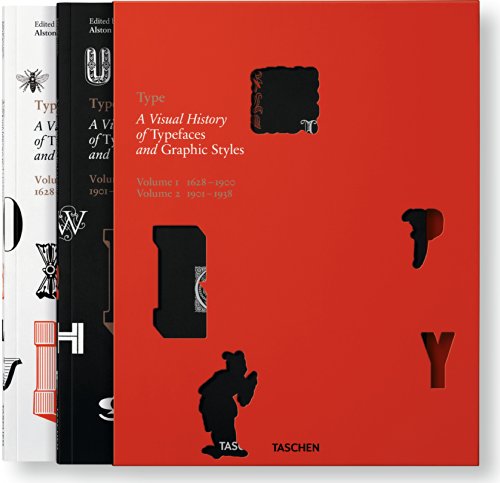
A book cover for Type: A Visual History of Typefaces & Graphic Styles; Alston W. Purvis; Arts & Photography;